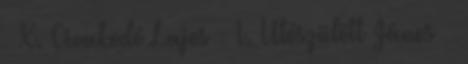
· X. Civakodó Lajos · I. Utószülött János ·